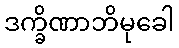
ဒက္ခိဏာဘိမုခေါ